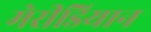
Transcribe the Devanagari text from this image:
मेरीडियान